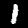
Digit: 1